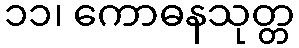
၁၁၊ ကောဓနသုတ္တ